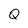
Character: Q